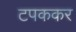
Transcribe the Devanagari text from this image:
टपककर